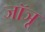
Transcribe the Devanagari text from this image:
जॉञू